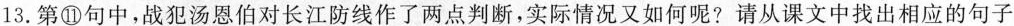
13.第⑩句中，战犯汤恩伯对长江防线作了两点判断，实际情况又如何呢?请从课文中找出相应的句子